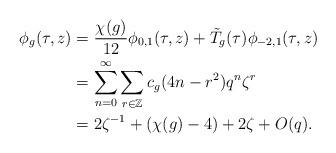
LaTeX: \begin{align*}\phi_g(\tau, z) &= \frac{\chi(g)}{12} \phi_{0, 1}(\tau, z) + \tilde{T}_g(\tau) \phi_{-2, 1}(\tau, z) \\ &=\sum_{n=0}^{\infty} \sum_{r \in \mathbb{Z}} c_g(4n - r^2) q^n \zeta^r \\ &= 2 \zeta^{-1} + (\chi(g) - 4) + 2 \zeta + O(q). \end{align*}